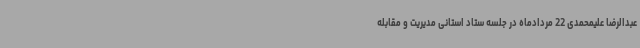
عبدالرضا علیمحمدی 22 مردادماه در جلسه ستاد استانی مدیریت و مقابله